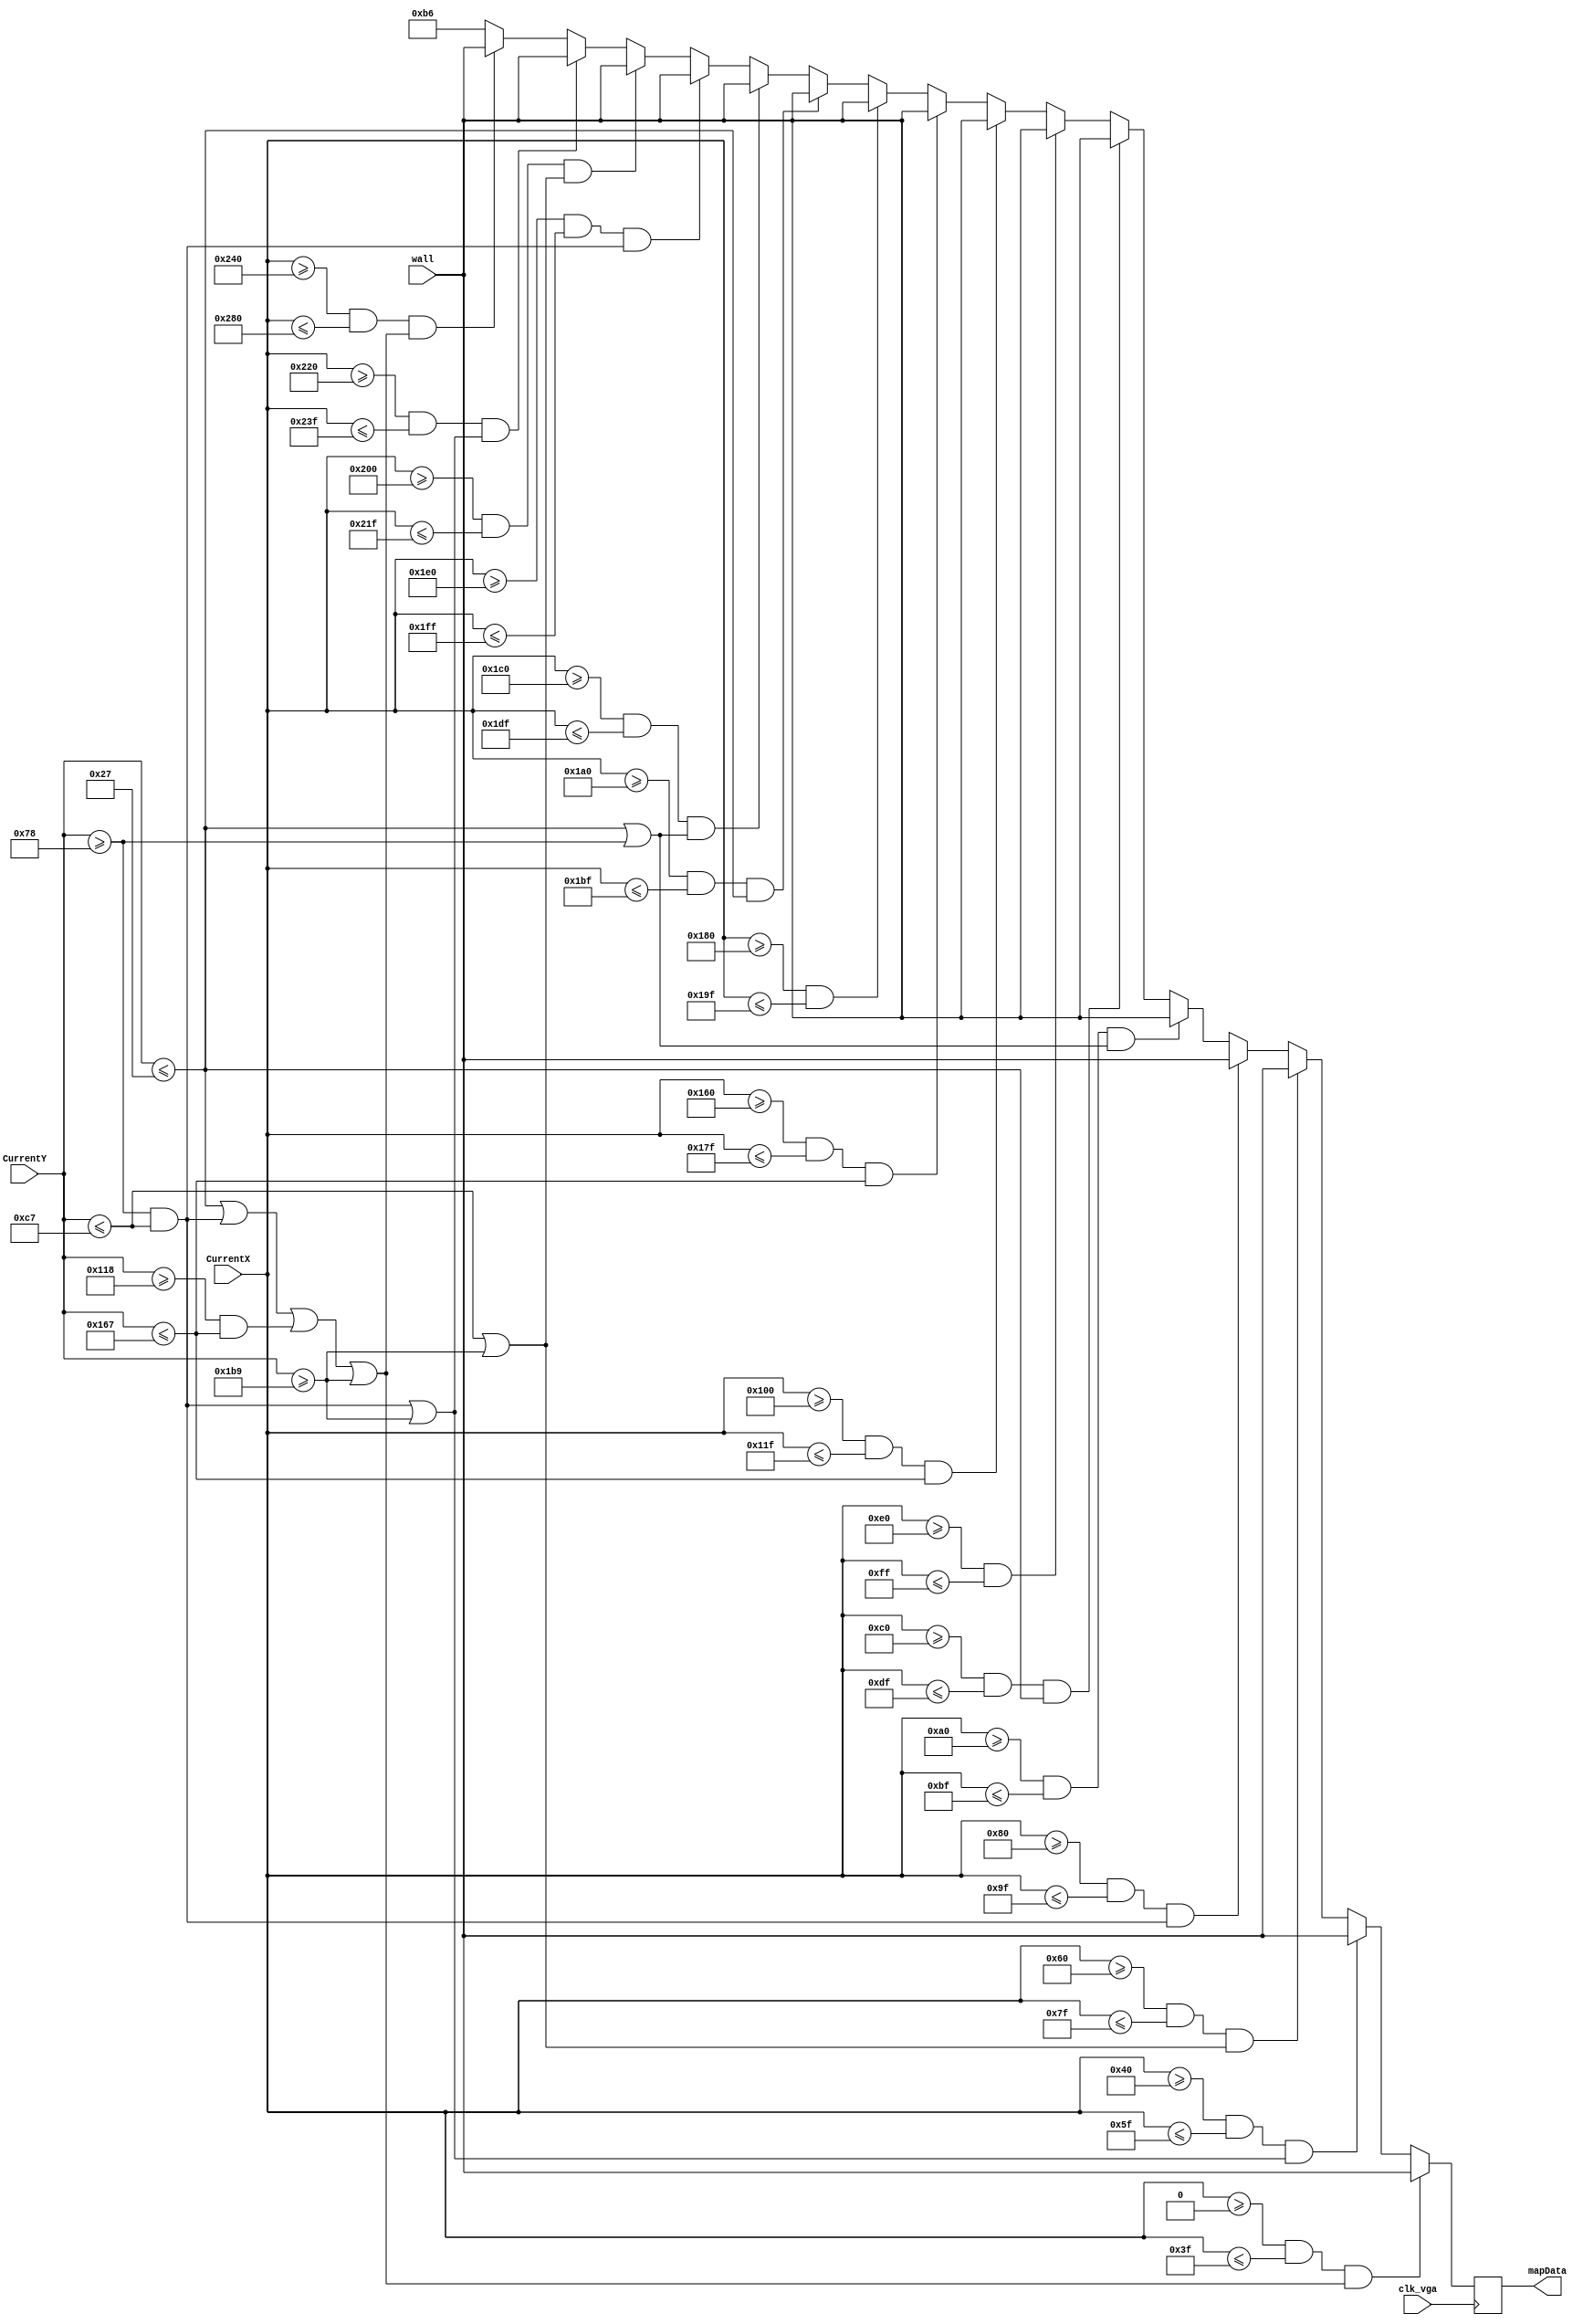
module CenterMaze(clk_vga, CurrentX, CurrentY, mapData, wall);

	input clk_vga;
	input [9:0]CurrentX;
	input [8:0]CurrentY;
	input [7:0]wall;
	
	output [7:0]mapData;
	
	reg [7:0]mColor;


	//Screen is divided into 20 intervals of 32 pixels each in the x direction	
	always @(posedge clk_vga) begin

		//From x == 0 to 63, inclusive
		if((CurrentX >= 0 && CurrentX <=63) && ( 
			(CurrentY <= 39) ||
			(CurrentY >= 120 && CurrentY <= 199) || 
			(CurrentY >= 280 && CurrentY <= 359) ||
			(CurrentY >= 441) ) )
			mColor[7:0] <= wall;
		
		//From x == 64 to 95, inclusive
		else if( (CurrentX >= 64 && CurrentX <= 95) && ( 
			(CurrentY >= 120 && CurrentY <= 199) || 
			(CurrentY >= 441) ) )
			mColor[7:0] <= wall;
		
		//From x == 96 to 127, inclusive
		else if( (CurrentX >= 96 && CurrentX <= 127) && ( 
			(CurrentY <= 199) || 
			(CurrentY >= 441) ) ) 
			mColor[7:0] <= wall;
		
		//From x == 128 to 159, inclusive
		else if( (CurrentX >= 128 && CurrentX <= 159) && ( 
			(CurrentY >= 120 && CurrentY <= 199) ) )
			mColor[7:0] <= wall;

		//From x == 160 to 191, inclusive
		else if( (CurrentX >= 160 && CurrentX <= 191) && (
			(CurrentY <= 39) ||
			(CurrentY >= 120) ) )
			mColor[7:0] <= wall;

		//From x == 192 to 223, inclusive
		else if( (CurrentX >= 192 && CurrentX <= 223) && (
			(CurrentY <= 39) ) )
			mColor[7:0] <= wall;
			
		//From x == 224 to 255, inclusive
		else if( (CurrentX >= 224 && CurrentX <= 255) ) 
			mColor[7:0] <= wall;
		
		//From X == 256 to 287, inclusive
		else if( (CurrentX >= 256 && CurrentX <= 287) && (
			(CurrentY <= 359) ) )
			mColor[7:0] <= wall;
		
		//From x == 352 to 383, inclusive
		else if( (CurrentX >= 352 && CurrentX <= 383) && (
			(CurrentY <= 359) ) )
			mColor[7:0] <= wall;
		
		//From x == 384 to 415, inclusive
		else if( (CurrentX >= 384 && CurrentX <= 415) ) 
			mColor[7:0] <= wall;
		
		//From x == 416 to 447, inclusive
		else if( (CurrentX >= 416 && CurrentX <= 447) && (
			(CurrentY <= 39) ) )
			mColor[7:0] <= wall;
		
		//From x == 448 to 479, inclusive
		else if( (CurrentX >= 448 && CurrentX <= 479) && (
			(CurrentY <= 39) ||
			(CurrentY >= 120) ) )
			mColor[7:0] <= wall;
		
		//From x == 480 to 511, inclusive
		else if( (CurrentX >= 480 && CurrentX <= 511) && (
			(CurrentY >= 120 && CurrentY <= 199) ) )
			mColor[7:0] <= wall;
		
		//From x == 512 to 543, inclusive
		else if( (CurrentX >= 512 && CurrentX <= 543) && (
			(CurrentY <= 199) || 
			(CurrentY >= 441) ) ) 
			mColor[7:0] <= wall;
		
		//From x == 544 to 575, inclusive
		else if( (CurrentX >= 544 && CurrentX <= 575) && ( 
			(CurrentY >= 120 && CurrentY <= 199) || 
			(CurrentY >= 441) ) )
			mColor[7:0] <= wall;
		
		//From x == 576 to 640, inclusive
		else if((CurrentX >= 576 && CurrentX <= 640) && ( 
			(CurrentY <= 39) ||
			(CurrentY >= 120 && CurrentY <= 199) || 
			(CurrentY >= 280 && CurrentY <= 359) ||
			(CurrentY >= 441) ) )
			mColor[7:0] <= wall;
		
		//floor area - grey
		else
			mColor[7:0] <= 8'b10110110;
			
	end
	
	assign mapData = mColor;

endmodule